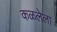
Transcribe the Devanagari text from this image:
कळलेला